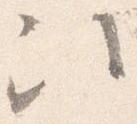
次